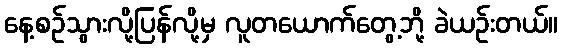
နေ့စဉ်သွားလို့ပြန်လို့မှ လူတယောက်တွေ့ဘို့ ခဲယဉ်းတယ်။